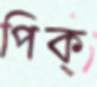
পিক্